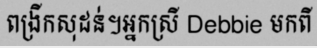
ពង្រីកសុដន់។អ្នកស្រី Debbie មកពី